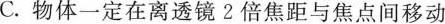
C.物体一定在离透镜2倍焦距与焦点间移动